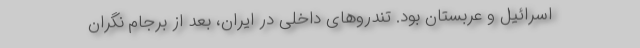
اسرائیل و عربستان بود. تندروهای داخلی در ایران، بعد از برجام نگران